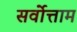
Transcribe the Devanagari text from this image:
सर्वोत्ताम